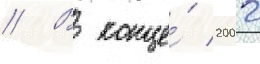
// В конце́ 2002